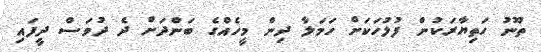
ތޫނު ހަތިޔާރަކުން ފުލުހަކަށް ހަމަލާ ދިން މީހެއްގެ ބަންދަށް ދެ ދުވަސް ދީފައި